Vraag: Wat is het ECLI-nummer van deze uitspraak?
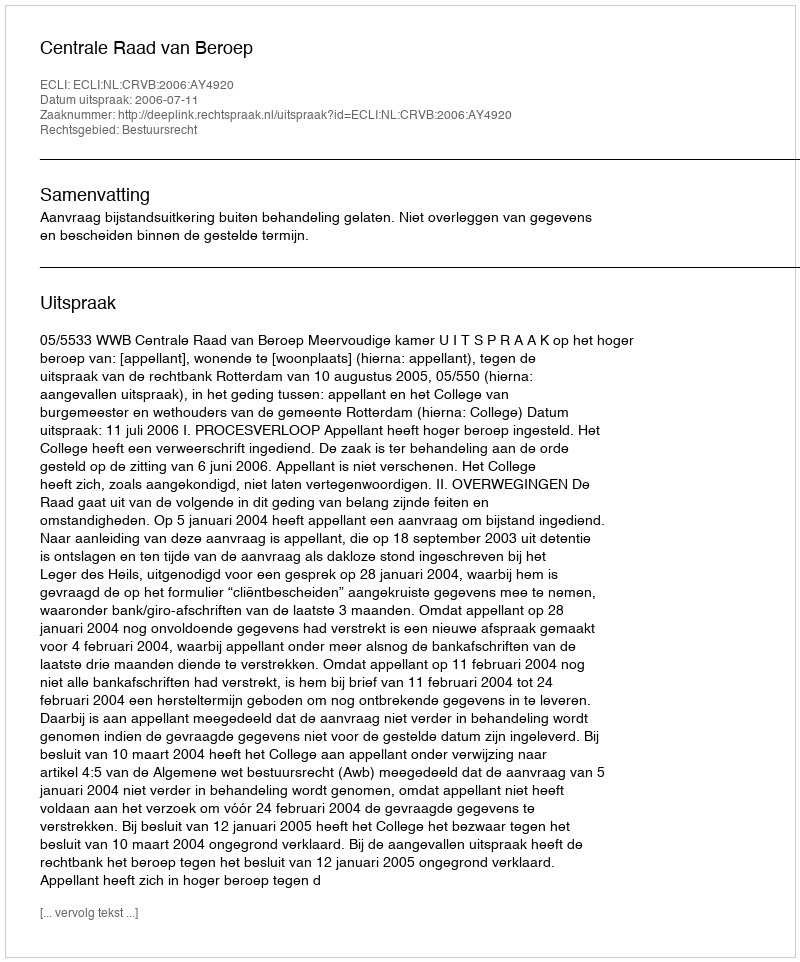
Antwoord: ECLI:NL:CRVB:2006:AY4920